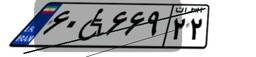
۶۰W۶۶۹۲۲